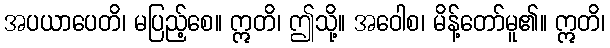
အပယာပေတိ၊ မပြည့်စေ။ ဣတိ၊ ဤသို့။ အဝေါစ၊ မိန့်တော်မူ၏။ ဣတိ၊